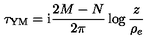
\tau _ { \mathrm { Y M } } = \mathrm { i } \frac { 2 M - N } { 2 \pi } \log \frac { z } { \rho _ { e } }